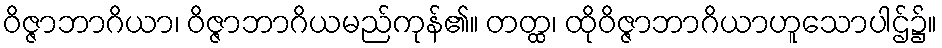
ဝိဇ္ဇာဘာဂိယာ၊ ဝိဇ္ဇာဘာဂိယမည်ကုန်၏။ တတ္ထ၊ ထိုဝိဇ္ဇာဘာဂိယာဟူသောပါဌ်၌။